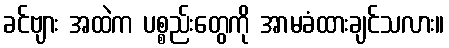
ခင်ဗျား အထဲက ပစ္စည်းတွေကို အာမခံထားချင်သလား။